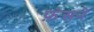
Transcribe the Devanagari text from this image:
फ़ंसने